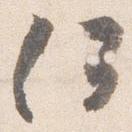
何